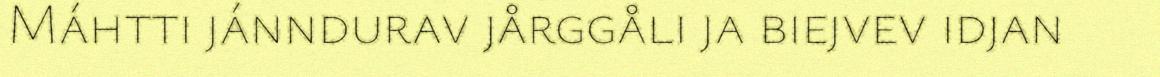
Máhtti jánndurav jårggåli ja biejvev idjan